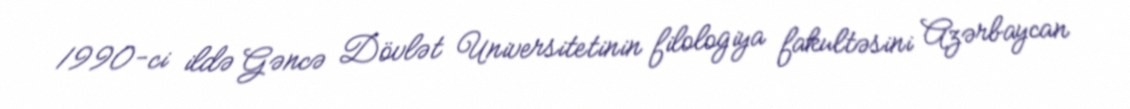
1990-ci ildə Gəncə Dövlət Universitetinin filologiya fakultəsini Azərbaycan